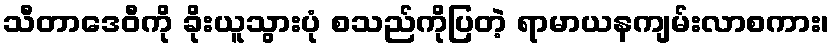
သီတာဒေဝီကို ခိုးယူသွားပုံ စသည်ကိုပြတဲ့ ရာမာယနကျမ်းလာစကား၊